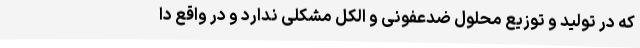
که در تولید و توزیع محلول ضدعفونی و الکل مشکلی ندارد و در واقع دا